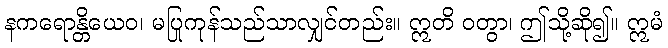
နကရောန္တိယေဝ၊ မပြုကုန်သည်သာလျှင်တည်း။ ဣတိ ဝတွာ၊ ဤသို့ဆို၍။ ဣမံ